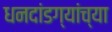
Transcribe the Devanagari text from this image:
धनदांडग्यांच्या